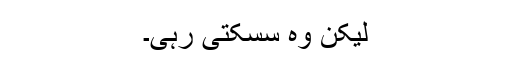
لیکن وہ سسکتی رہی۔